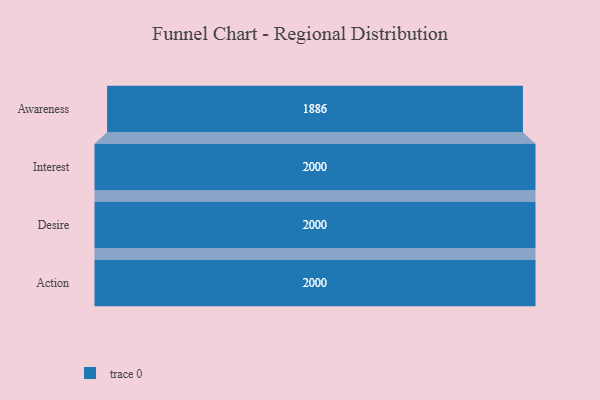
{"axis": {"x": "Stage", "y": "Value"}, "legend": [""], "data": [{"x": "Awareness", "y": 1886.0, "type": ""}, {"x": "Interest", "y": 2000, "type": ""}, {"x": "Desire", "y": 2000, "type": ""}, {"x": "Action", "y": 2000, "type": ""}]}